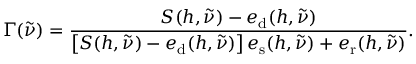
\Gamma ( \tilde { \nu } ) = \frac { S ( h , \tilde { \nu } ) - e _ { \mathrm { d } } ( h , \tilde { \nu } ) } { \left[ S ( h , \tilde { \nu } ) - e _ { \mathrm { d } } ( h , \tilde { \nu } ) \right] e _ { \mathrm { s } } ( h , \tilde { \nu } ) + e _ { \mathrm { r } } ( h , \tilde { \nu } ) } .